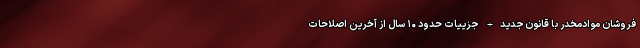
فروشان موادمخدر با قانون جدید+ جزییات حدود ۱۰ سال از آخرین اصلاحات